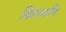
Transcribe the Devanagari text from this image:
विलमपि